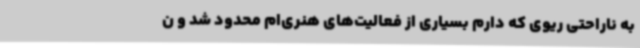
به ناراحتی ریوی که دارم بسیاری از فعالیت‌های هنری‌ام محدود شد و ن